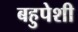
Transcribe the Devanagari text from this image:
बहुपेशी